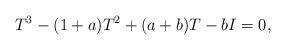
LaTeX: \begin{align*}T^3 - (1 + a)T^2 + (a + b)T - bI = 0,\end{align*}